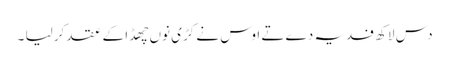
دس لاکھ فدیہ دے تے اوس نے کڑی نوں چھڈا کے عقد کر لیا ۔